Scottish assistants in French and German schools and colleges, 1939
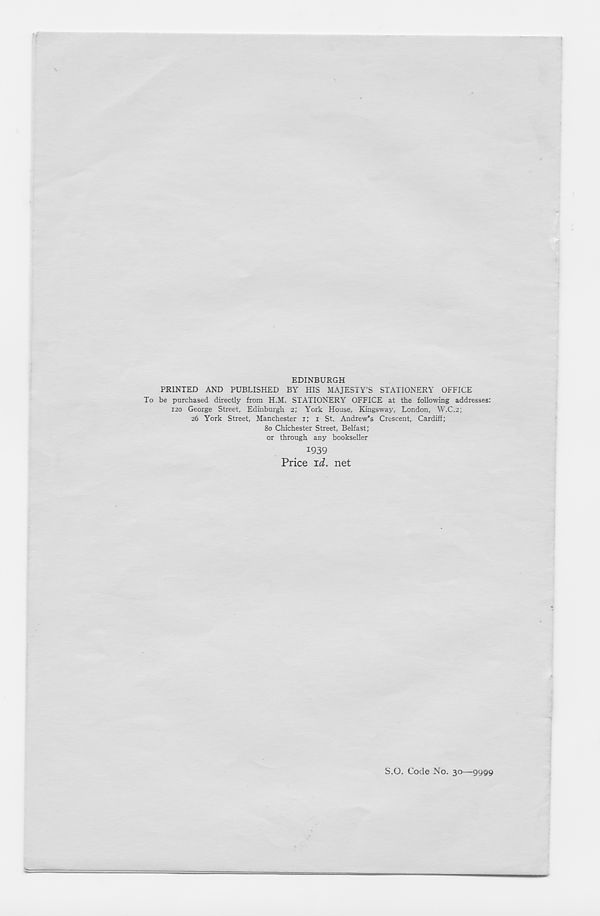
EDINBURGH
PRINTED AND PUBLISHED BY HIS MAJESTY’S STATIONERY OFFICE
To be purchased directly from H.M. STATIONERY OFFICE at the following addresses:
120 George Street, Edinburgh 2; York House, Kingsway, London, W.C.2;
26 York Street, Manchester 1; 1 St. Andrew's Crescent, Cardiff;
80 Chichester Street, Belfast;
or through any bookseller
1939
Price xd. net
S.O. Code No. 30—9999